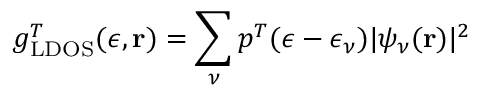
g _ { \mathrm { L D O S } } ^ { T } ( \epsilon , \mathbf { r } ) = \sum _ { \nu } p ^ { T } ( \epsilon - \epsilon _ { \nu } ) | \psi _ { \nu } ( \mathbf { r } ) | ^ { 2 }